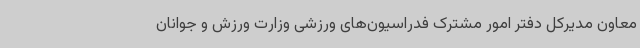
معاون مدیرکل دفتر امور مشترک فدراسیون‌های ورزشی وزارت ورزش و جوانان